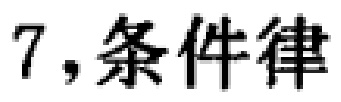
7,条件律